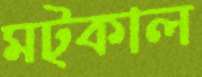
মট্‌কাল